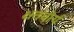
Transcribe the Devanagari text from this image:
क्षतवीर्य